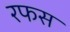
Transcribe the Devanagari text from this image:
रफस